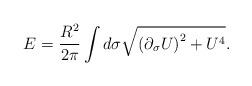
LaTeX: \begin{align*}E = \frac{R^2}{2\pi}\int d\sigma \sqrt{\left(\partial_\sigma U\right)^2 +U^4}.\end{align*}